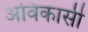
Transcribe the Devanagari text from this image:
अविकासी